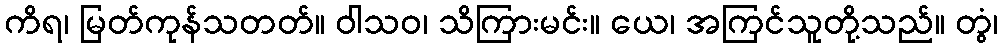
ကိရ၊ မြတ်ကုန်သတတ်။ ဝါသဝ၊ သိကြားမင်း။ ယေ၊ အကြင်သူတို့သည်။ တွံ၊